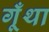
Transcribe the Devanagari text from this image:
गूँथा